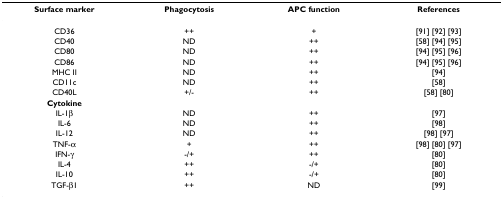
<table><thead><tr><td><b>Surface marker</b></td><td><b>Phagocytosis</b></td><td><b>APC function</b></td><td><b>References</b></td></tr></thead><tbody><tr><td>CD36</td><td>++</td><td>+</td><td>[91] [92] [93]</td></tr><tr><td>CD40</td><td>ND</td><td>++</td><td>[58] [94] [95]</td></tr><tr><td>CD80</td><td>ND</td><td>++</td><td>[94] [95] [96]</td></tr><tr><td>CD86</td><td>ND</td><td>++</td><td>[94] [95] [96]</td></tr><tr><td>MHC II</td><td>ND</td><td>++</td><td>[94]</td></tr><tr><td>CD11c</td><td>ND</td><td>++</td><td>[58]</td></tr><tr><td>CD40L</td><td>+/-</td><td>++</td><td>[58] [80]</td></tr><tr><td><b>Cytokine</b></td><td></td><td></td><td></td></tr><tr><td>IL-1β</td><td>ND</td><td>++</td><td>[97]</td></tr><tr><td>IL-6</td><td>ND</td><td>++</td><td>[98]</td></tr><tr><td>IL-12</td><td>ND</td><td>++</td><td>[98] [97]</td></tr><tr><td>TNF-α</td><td>+</td><td>++</td><td>[98] [80] [97]</td></tr><tr><td>IFN-γ</td><td>-/+</td><td>++</td><td>[80]</td></tr><tr><td>IL-4</td><td>++</td><td>-/+</td><td>[80]</td></tr><tr><td>IL-10</td><td>++</td><td>-/+</td><td>[80]</td></tr><tr><td>TGF-β1</td><td>++</td><td>ND</td><td>[99]</td></tr></tbody></table>